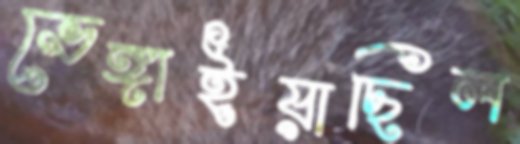
ভেঙ্গাইয়াছিল